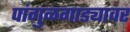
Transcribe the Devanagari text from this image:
पांगुळगाड्यावर